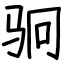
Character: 𬳶